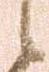
候